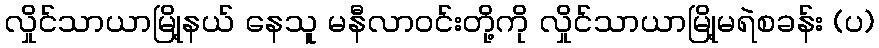
လှိုင်သာယာမြို့နယ် နေသူ မနီလာဝင်းတို့ကို လှိုင်သာယာမြို့မရဲစခန်း (ပ)